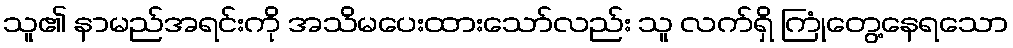
သူ၏ နာမည်အရင်းကို အသိမပေးထားသော်လည်း သူ လက်ရှိ ကြုံတွေ့နေရသော